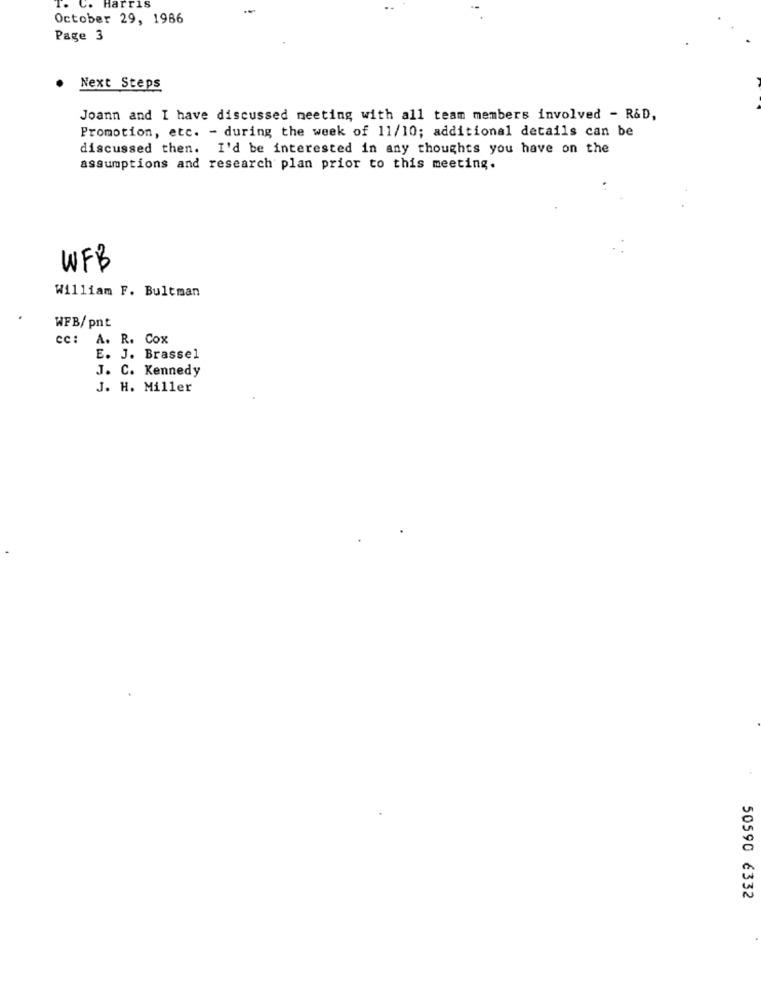
C. Harris
October 29, 1986
Page 3
Next Steps
Joann and I have discussed meeting with all team members involved - R&D,
Promotion, etc. - during the week of 11/10; additional details can be
discussed then. I'd be interested in any thoughts you have on the
assumptions and research plan prior to this meeting.
WFB
William F. Bultman
WFB/pnt
CC:
A. R. Cox
E. J. Brassel
J. C. Kennedy
J. H. Miller
50590 €332